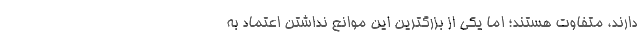
دارند، متفاوت هستند؛ اما یکی از بزرگترین این موانع نداشتن اعتماد به